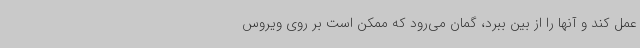
عمل کند و آنها را از بین ببرد، گمان می‌رود که ممکن است بر روی ویروس